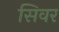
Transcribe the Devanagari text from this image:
सिवर